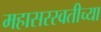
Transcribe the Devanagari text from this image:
महासरस्वतीच्या